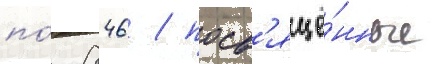
по́ 846 / посв'ящё́нные